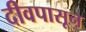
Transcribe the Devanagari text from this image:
दीवपासून